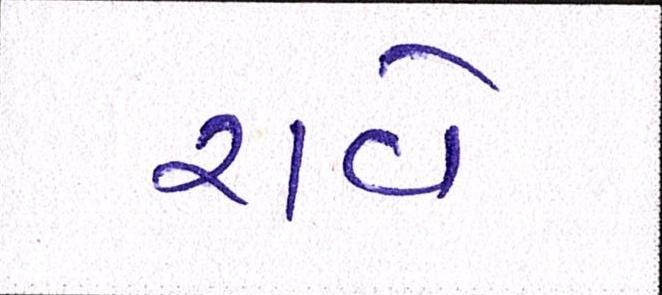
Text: રાવે